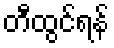
တီထွင်ရန်